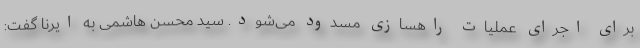
برای اجرای عملیات راهسازی مسدود می‌شود. سید محسن هاشمی به ایرنا گفت: